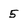
Character: 5